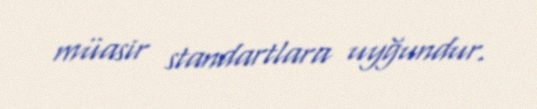
müasir standartlara uyğundur.